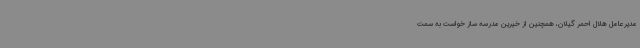
مدیرعامل هلال احمر گیلان، همچنین از خیرین مدرسه ساز خواست به سمت